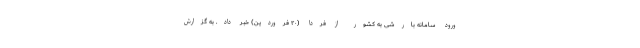
ورود سامانه بارشی به کشور از فردا (۲۰ فروردین) خبر داد. به گزارش